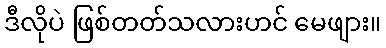
ဒီလိုပဲ ဖြစ်တတ်သလားဟင် မေဖျား။